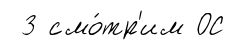
3 смо́тр'им ОС